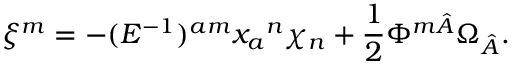
\xi ^ { m } = - ( E ^ { - 1 } ) ^ { a m } x _ { a } { } ^ { n } \chi _ { n } + \frac { 1 } { 2 } \Phi ^ { m \hat { A } } \Omega _ { \hat { A } } .